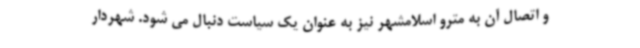
و اتصال آن به مترو اسلامشهر نیز به عنوان یک سیاست دنبال می شود. شهردار